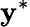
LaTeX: \mathbf{y}^{*}